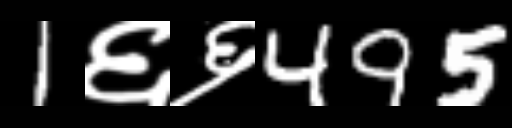
Text: 1६६495